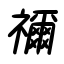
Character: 禰